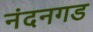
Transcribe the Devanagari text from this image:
नंदनगड